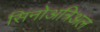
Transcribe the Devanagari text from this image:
सिनोअत्रिअल